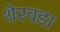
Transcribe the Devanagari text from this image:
थेरवडा